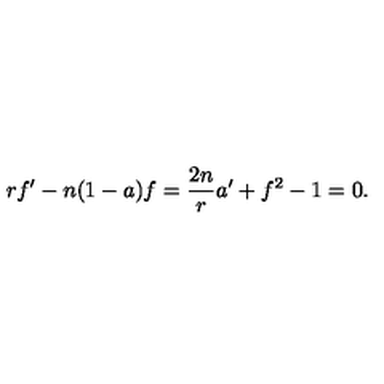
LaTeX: r f ^ { \prime } - n ( 1 - a ) f = \frac { 2 n } { r } a ^ { \prime } + f ^ { 2 } - 1 = 0 .